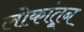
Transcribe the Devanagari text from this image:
लोकांतून